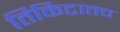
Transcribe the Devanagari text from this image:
तिकिटातच